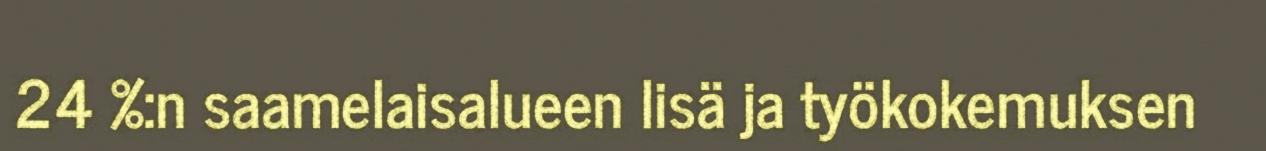
24 %:n saamelaisalueen lisä ja työkokemuksen